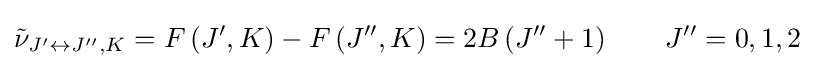
{\tilde {\nu }}_{J^{\prime }\leftrightarrow J^{\prime \prime },K}=F\left(J^{\prime },K\right)-F\left(J^{\prime \prime },K\right)=2B\left(J^{\prime \prime }+1\right)\qquad J^{\prime \prime }=0,1,2